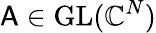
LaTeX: \mathsf{A}\in\mathrm{GL}(\mathbb{C}^{N})